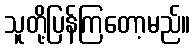
သူတို့ပြန်ကြတော့မည်။